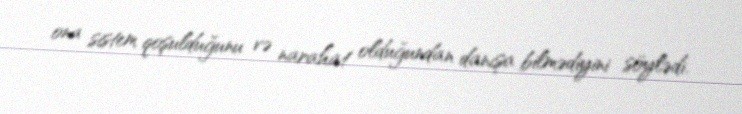
ona sistem qoşulduğunu və narahat olduğundan danışa bilmədiyini söylədi.